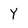
Character: Y